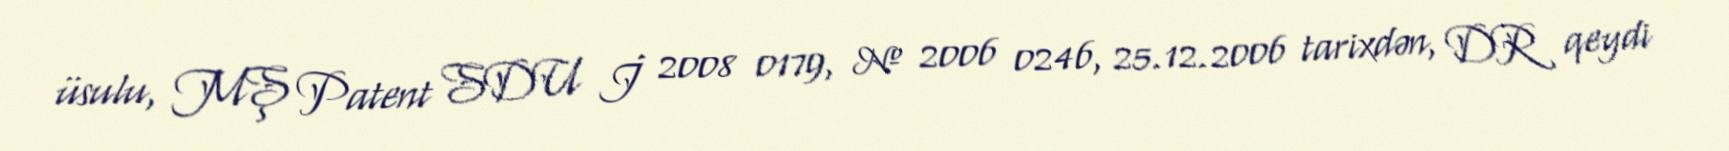
üsulu, MŞ Patent SDU İ 2008 0179, № 2006 0246, 25.12.2006 tarixdən, DR qeydi